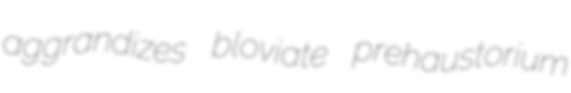
aggrandizes bloviate prehaustorium